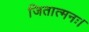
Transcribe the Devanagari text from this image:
जितात्मनः।